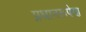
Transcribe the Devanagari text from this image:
प्रधानरूपेण